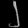
Digit: ၂